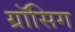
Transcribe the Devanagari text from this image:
ग्रॉसिग